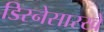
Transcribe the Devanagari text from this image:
डिस्नेसारखे